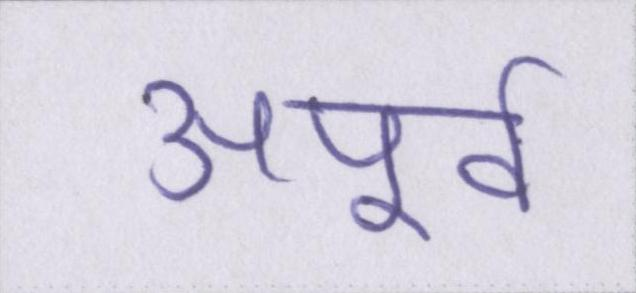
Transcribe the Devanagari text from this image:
अपूर्व